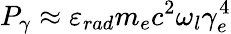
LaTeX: P_{\gamma}\approx\varepsilon_{rad}m_{e}c^{2}\omega_{l}\gamma_{e}^{4}